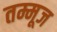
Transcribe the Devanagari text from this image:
तम्मूज